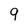
Character: 9